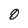
Character: 0